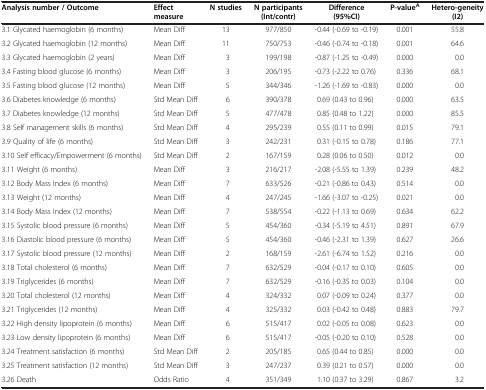
<table><thead><tr><td><b>Analysis number / Outcome</b></td><td><b>Effect measure</b></td><td><b>N studies</b></td><td><b>N participants (Int/contr)</b></td><td><b>Difference (95%CI)</b></td><td><b>P-value<sup>A</sup></b></td><td><b>Hetero-geneity (I2)</b></td></tr></thead><tbody><tr><td>3.1 Glycated haemoglobin (6 months)</td><td>Mean Diff</td><td>13</td><td>977/850</td><td>-0.44 (-0.69 to -0.19)</td><td>0.001</td><td>55.8</td></tr><tr><td>3.2 Glycated haemoglobin (12 months)</td><td>Mean Diff</td><td>11</td><td>750/753</td><td>-0.46 (-0.74 to -0.18)</td><td>0.001</td><td>64.6</td></tr><tr><td>3.3 Glycated haemoglobin (2 years)</td><td>Mean Diff</td><td>3</td><td>199/198</td><td>-0.87 (-1.25 to -0.49)</td><td>0.000</td><td>0.0</td></tr><tr><td>3.4 Fasting blood glucose (6 months)</td><td>Mean Diff</td><td>3</td><td>206/195</td><td>-0.73 (-2.22 to 0.76)</td><td>0.336</td><td>68.1</td></tr><tr><td>3.5 Fasting blood glucose (12 months)</td><td>Mean Diff</td><td>5</td><td>344/346</td><td>-1.26 (-1.69 to -0.83)</td><td>0.000</td><td>0.0</td></tr><tr><td>3.6 Diabetes knowledge (6 months)</td><td>Std Mean Diff</td><td>6</td><td>390/378</td><td>0.69 (0.43 to 0.96)</td><td>0.000</td><td>63.5</td></tr><tr><td>3.7 Diabetes knowledge (12 months)</td><td>Std Mean Diff</td><td>5</td><td>477/478</td><td>0.85 (0.48 to 1.22)</td><td>0.000</td><td>85.5</td></tr><tr><td>3.8 Self management skills (6 months)</td><td>Std Mean Diff</td><td>4</td><td>295/239</td><td>0.55 (0.11 to 0.99)</td><td>0.015</td><td>79.1</td></tr><tr><td>3.9 Quality of life (6 months)</td><td>Std Mean Diff</td><td>3</td><td>242/231</td><td>0.31 (-0.15 to 0.78)</td><td>0.186</td><td>77.1</td></tr><tr><td>3.10 Self efficacy/Empowerment (6 months)</td><td>Std Mean Diff</td><td>2</td><td>167/159</td><td>0.28 (0.06 to 0.50)</td><td>0.012</td><td>0.0</td></tr><tr><td>3.11 Weight (6 months)</td><td>Mean Diff</td><td>3</td><td>216/217</td><td>-2.08 (-5.55 to 1.39)</td><td>0.239</td><td>48.2</td></tr><tr><td>3.12 Body Mass Index (6 months)</td><td>Mean Diff</td><td>7</td><td>633/526</td><td>-0.21 (-0.86 to 0.43)</td><td>0.514</td><td>0.0</td></tr><tr><td>3.13 Weight (12 months)</td><td>Mean Diff</td><td>4</td><td>247/245</td><td>-1.66 (-3.07 to -0.25)</td><td>0.021</td><td>0.0</td></tr><tr><td>3.14 Body Mass Index (12 months)</td><td>Mean Diff</td><td>7</td><td>538/554</td><td>-0.22 (-1.13 to 0.69)</td><td>0.634</td><td>62.2</td></tr><tr><td>3.15 Systolic blood pressure (6 months)</td><td>Mean Diff</td><td>5</td><td>454/360</td><td>-0.34 (-5.19 to 4.51)</td><td>0.891</td><td>67.9</td></tr><tr><td>3.16 Diastolic blood pressure (6 months)</td><td>Mean Diff</td><td>5</td><td>454/360</td><td>-0.46 (-2.31 to 1.39)</td><td>0.627</td><td>26.6</td></tr><tr><td>3.17 Systolic blood pressure (12 months)</td><td>Mean Diff</td><td>2</td><td>168/159</td><td>-2.61 (-6.74 to 1.52)</td><td>0.216</td><td>0.0</td></tr><tr><td>3.18 Total cholesterol (6 months)</td><td>Mean Diff</td><td>7</td><td>632/529</td><td>-0.04 (-0.17 to 0.10)</td><td>0.605</td><td>0.0</td></tr><tr><td>3.19 Triglycerides (6 months)</td><td>Mean Diff</td><td>7</td><td>632/529</td><td>-0.16 (-0.35 to 0.03)</td><td>0.104</td><td>0.0</td></tr><tr><td>3.20 Total cholesterol (12 months)</td><td>Mean Diff</td><td>4</td><td>324/332</td><td>0.07 (-0.09 to 0.24)</td><td>0.377</td><td>0.0</td></tr><tr><td>3.21 Triglycerides (12 months)</td><td>Mean Diff</td><td>4</td><td>325/332</td><td>0.03 (-0.42 to 0.48)</td><td>0.883</td><td>79.7</td></tr><tr><td>3.22 High density lipoprotein (6 months)</td><td>Mean Diff</td><td>6</td><td>515/417</td><td>0.02 (-0.05 to 0.08)</td><td>0.623</td><td>0.0</td></tr><tr><td>3.23 Low density lipoprotein (6 months)</td><td>Mean Diff</td><td>6</td><td>515/417</td><td>-0.05 (-0.20 to 0.10)</td><td>0.528</td><td>0.0</td></tr><tr><td>3.24 Treatment satisfaction (6 months)</td><td>Std Mean Diff</td><td>2</td><td>205/185</td><td>0.65 (0.44 to 0.85)</td><td>0.000</td><td>0.0</td></tr><tr><td>3.25 Treatment satisfaction (12 months)</td><td>Std Mean Diff</td><td>3</td><td>247/237</td><td>0.39 (0.21 to 0.57)</td><td>0.000</td><td>0.0</td></tr><tr><td>3.26 Death</td><td>Odds Ratio</td><td>4</td><td>351/349</td><td>1.10 (0.37 to 3.29)</td><td>0.867</td><td>3.2</td></tr></tbody></table>